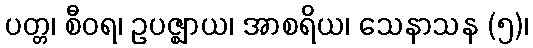
ပတ္တ၊ စီဝရ၊ ဥပဇ္ဈာယ၊ အာစရိယ၊ သေနာသန (၅)၊